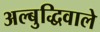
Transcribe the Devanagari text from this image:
अल्बुद्धिवाले